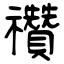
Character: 禶